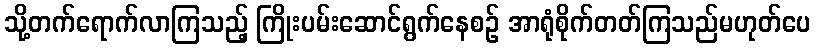
သို့တက်ရောက်လာကြသည့် ကြိုးပမ်းဆောင်ရွက်နေစဉ် အာရုံစိုက်တတ်ကြသည်မဟုတ်ပေ